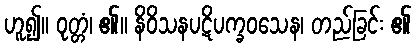
ဟူ၍။ ဝုတ္တံ၊ ၏။ နိဝိသနပဋိပက္ခဝသေန၊ တည်ခြင်း ၏